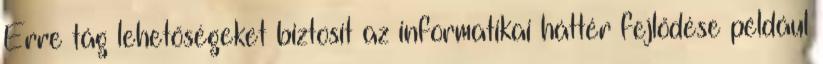
Erre tág lehetőségeket biztosít az informatikai háttér fejlődése például